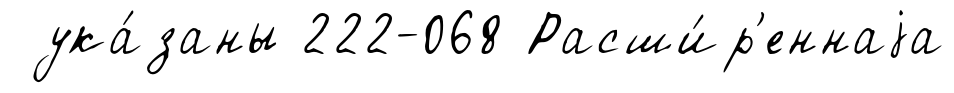
ука́заны 222-068 Расши́р'еннаjа